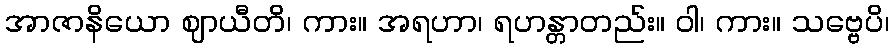
အာဇာနိယော ဈာယီတိ၊ ကား။ အရဟာ၊ ရဟန္တာတည်း။ ဝါ၊ ကား။ သဗ္ဗေပိ၊